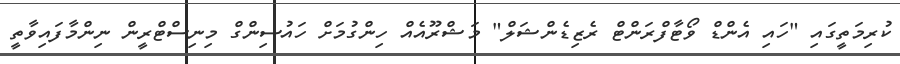
ކުރިމަތީގައި "ހައި އެންޑް ވޯޓާފްރަންޓް ރެޒިޑެންޝަލް" މަޝްރޫއެއް ހިންގުމަށް ހައުސިންގް މިނިސްޓްރީން ނިންމާފައިވާތީ